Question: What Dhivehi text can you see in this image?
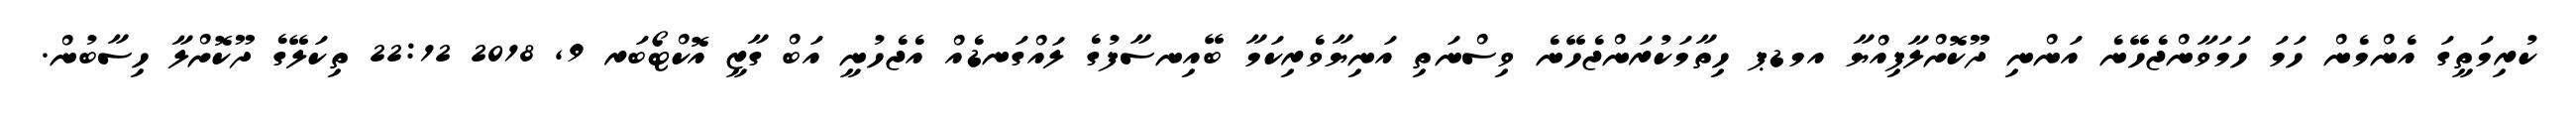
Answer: ކުރިމަތީގަ އެންމެން ހަމަ ހަމަވާންޖެހޭނެ އަންނި ދޫކޮށްލާފިއްޔާ އމޑޕ ހިތާމަކުރަންޖެހޭނެ ވިސްނަތި އަނިޔާވެރިކަމާ ބޭއިނސާފުގެ ލައްގަނޑެއް އެޖެހުނީ އަބް ގާޒީ އޮކްޓޯބަރ 9, 2018 22:12 ތިކަލޭގެ ދޫކޮށްލާ ހިސާބުން.